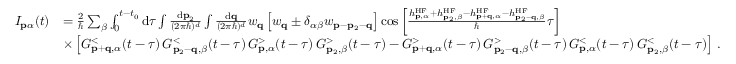
\begin{array} { r l } { I _ { \mathbf { p } \alpha } ( t ) } & { = \frac { 2 } { \hbar } \sum _ { \beta } \int _ { 0 } ^ { t - t _ { 0 } } \mathrm { d } \tau \int \frac { \mathrm { d } \mathbf { p } _ { 2 } } { ( 2 \pi \hbar ) ^ { d } } \int \frac { \mathrm { d } \mathbf { q } } { ( 2 \pi \hbar ) ^ { d } } w _ { \mathbf { q } } \left[ w _ { \mathbf { q } } \pm \delta _ { \alpha \beta } w _ { \mathbf { p } - \mathbf { p } _ { 2 } - \mathbf { q } } \right] \cos \left[ \frac { h _ { \mathbf { p } , \alpha } ^ { \mathrm { H F } } + h _ { \mathbf { p } _ { 2 } , \beta } ^ { \mathrm { H F } } - h _ { \mathbf { p } + \mathbf { q } , \alpha } ^ { \mathrm { H F } } - h _ { \mathbf { p } _ { 2 } - \mathbf { q } , \beta } ^ { \mathrm { H F } } } { \hbar } \tau \right] } \\ & { \times \left[ G _ { \mathbf { p } + \mathbf { q } , \alpha } ^ { < } ( t - \tau ) \, G _ { \mathbf { p } _ { 2 } - \mathbf { q } , \beta } ^ { < } ( t - \tau ) \, G _ { \mathbf { p } , \alpha } ^ { > } ( t - \tau ) \, G _ { \mathbf { p } _ { 2 } , \beta } ^ { > } ( t - \tau ) - G _ { \mathbf { p } + \mathbf { q } , \alpha } ^ { > } ( t - \tau ) \, G _ { \mathbf { p } _ { 2 } - \mathbf { q } , \beta } ^ { > } ( t - \tau ) \, G _ { \mathbf { p } , \alpha } ^ { < } ( t - \tau ) \, G _ { \mathbf { p } _ { 2 } , \beta } ^ { < } ( t - \tau ) \right] \, . } \end{array}